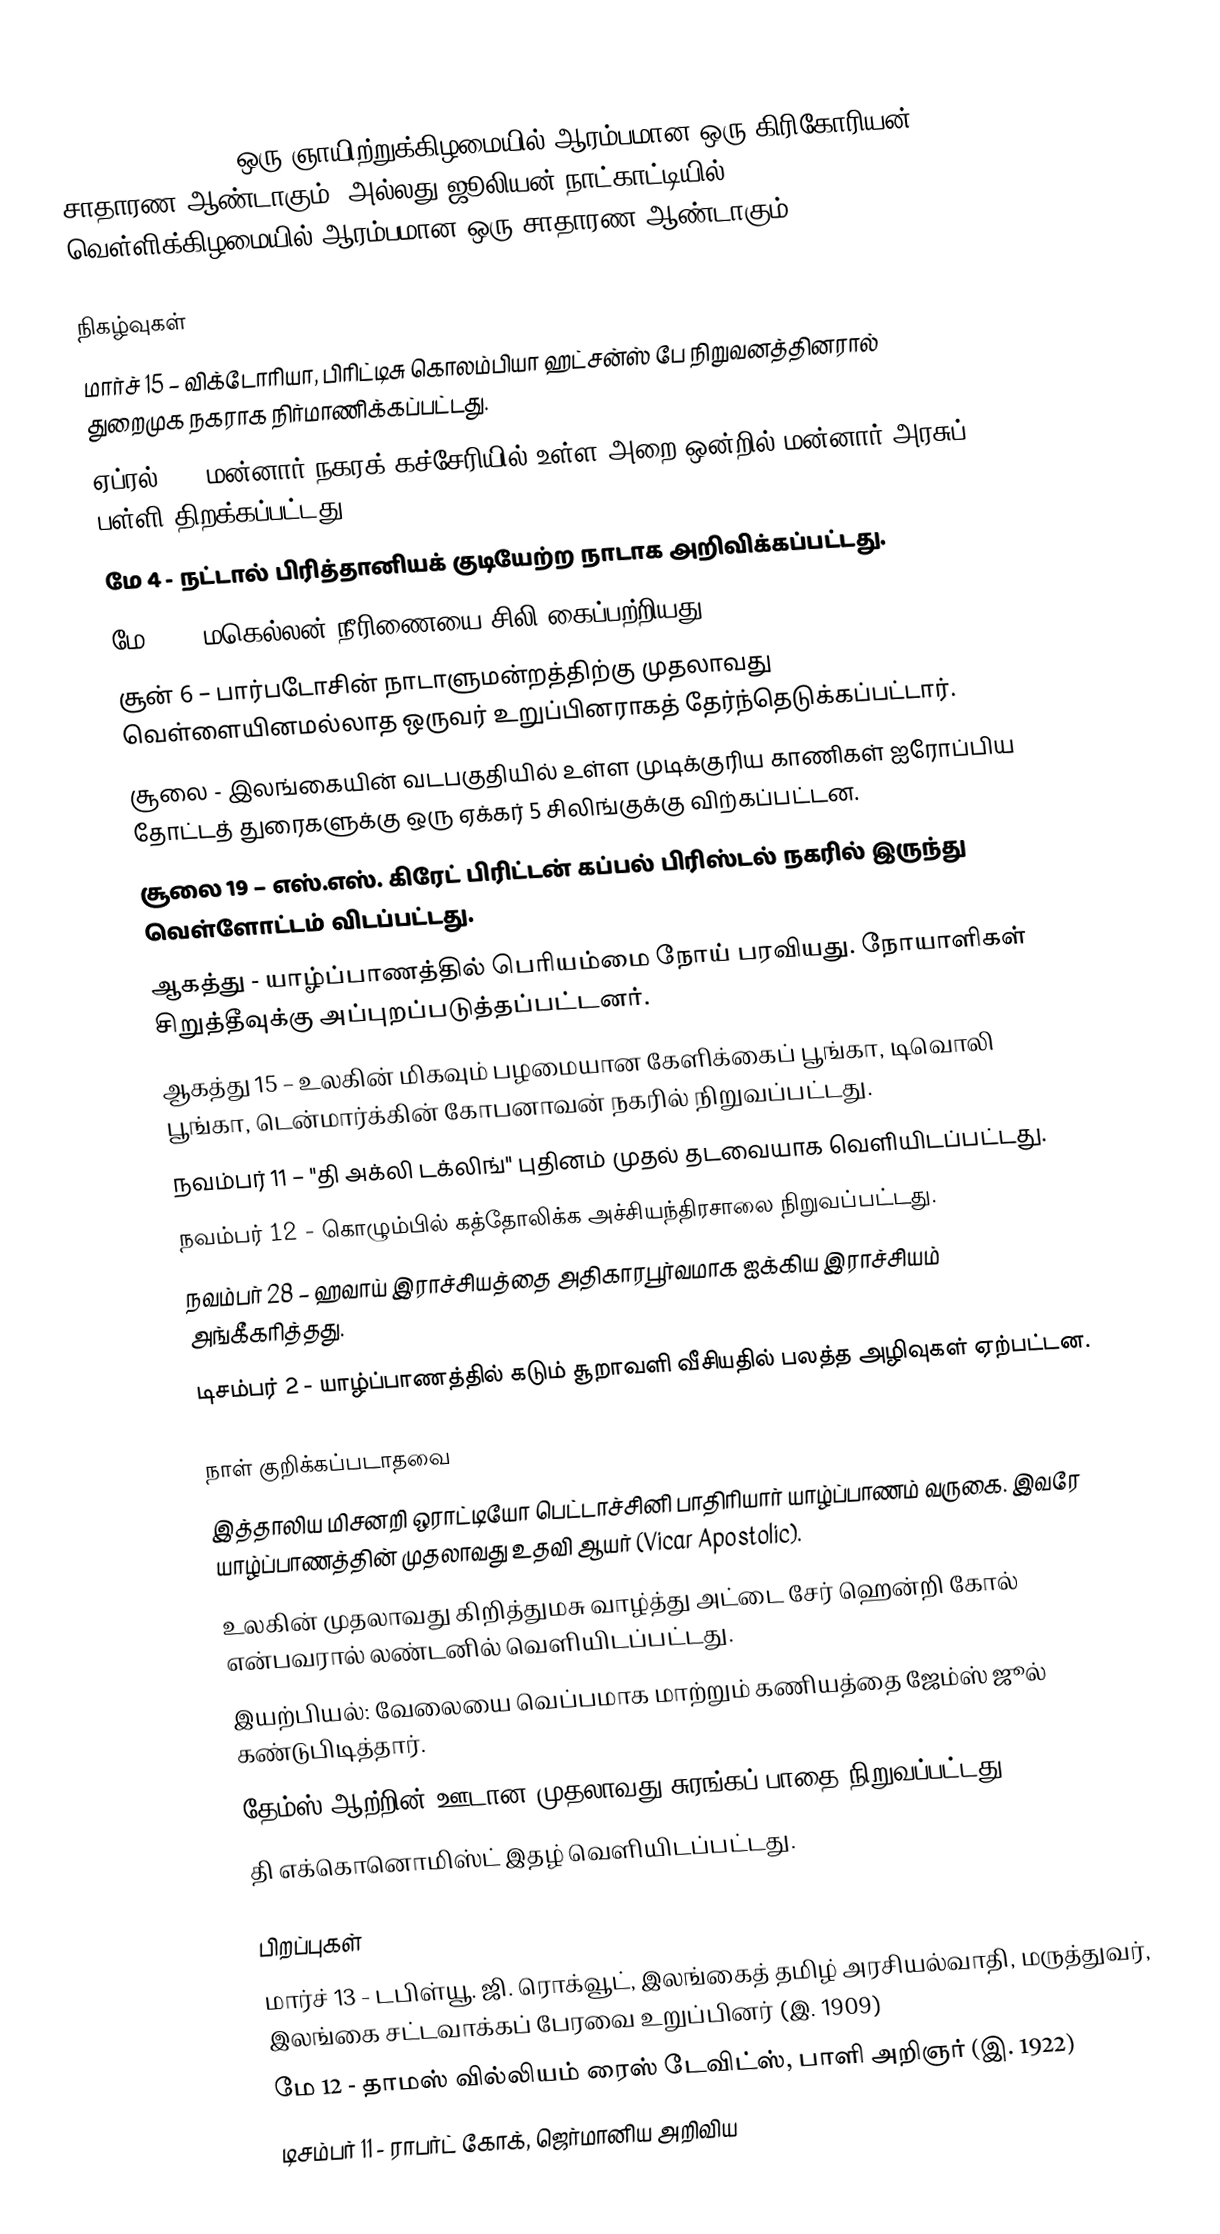
1843  (MDCCCXLIII) ஒரு ஞாயிற்றுக்கிழமையில் ஆரம்பமான ஒரு கிரிகோரியன் சாதாரண ஆண்டாகும், அல்லது ஜூலியன் நாட்காட்டியில் வெள்ளிக்கிழமையில் ஆரம்பமான ஒரு சாதாரண ஆண்டாகும்.

நிகழ்வுகள்
 மார்ச் 15 – விக்டோரியா, பிரிட்டிசு கொலம்பியா ஹட்சன்ஸ் பே நிறுவனத்தினரால் துறைமுக நகராக நிர்மாணிக்கப்பட்டது.
 ஏப்ரல் 1 - மன்னார் நகரக் கச்சேரியில் உள்ள அறை ஒன்றில் மன்னார் அரசுப் பள்ளி திறக்கப்பட்டது.
 மே 4 - நட்டால் பிரித்தானியக் குடியேற்ற நாடாக அறிவிக்கப்பட்டது.
 மே 23 – மகெல்லன் நீரிணையை சிலி கைப்பற்றியது.
 சூன் 6 – பார்படோசின் நாடாளுமன்றத்திற்கு முதலாவது வெள்ளையினமல்லாத ஒருவர் உறுப்பினராகத் தேர்ந்தெடுக்கப்பட்டார்.
 சூலை - இலங்கையின் வடபகுதியில் உள்ள முடிக்குரிய காணிகள் ஐரோப்பிய தோட்டத் துரைகளுக்கு ஒரு ஏக்கர் 5 சிலிங்குக்கு விற்கப்பட்டன.
 சூலை 19 – எஸ்.எஸ். கிரேட் பிரிட்டன் கப்பல் பிரிஸ்டல் நகரில் இருந்து வெள்ளோட்டம் விடப்பட்டது.
 ஆகத்து - யாழ்ப்பாணத்தில் பெரியம்மை நோய் பரவியது. நோயாளிகள் சிறுத்தீவுக்கு அப்புறப்படுத்தப்பட்டனர்.
 ஆகத்து 15 – உலகின் மிகவும் பழமையான கேளிக்கைப் பூங்கா, டிவொலி பூங்கா, டென்மார்க்கின் கோபனாவன் நகரில் நிறுவப்பட்டது.
 நவம்பர் 11 – "தி அக்லி டக்லிங்" புதினம் முதல் தடவையாக வெளியிடப்பட்டது.
 நவம்பர் 12 - கொழும்பில் கத்தோலிக்க அச்சியந்திரசாலை நிறுவப்பட்டது.
 நவம்பர் 28 – ஹவாய் இராச்சியத்தை அதிகாரபூர்வமாக ஐக்கிய இராச்சியம் அங்கீகரித்தது.
 டிசம்பர் 2 - யாழ்ப்பாணத்தில் கடும் சூறாவளி வீசியதில் பலத்த அழிவுகள் ஏற்பட்டன.

நாள் குறிக்கப்படாதவை
 இத்தாலிய மிசனறி ஒராட்டியோ பெட்டாச்சினி பாதிரியார் யாழ்ப்பாணம் வருகை. இவரே யாழ்ப்பாணத்தின் முதலாவது உதவி ஆயர் (Vicar Apostolic).
 உலகின் முதலாவது கிறித்துமசு வாழ்த்து அட்டை சேர் ஹென்றி கோல் என்பவரால் லண்டனில் வெளியிடப்பட்டது.
 இயற்பியல்: வேலையை வெப்பமாக மாற்றும் கணியத்தை ஜேம்ஸ் ஜூல் கண்டுபிடித்தார்.
 தேம்ஸ் ஆற்றின் ஊடான முதலாவது சுரங்கப் பாதை நிறுவப்பட்டது.
 தி எக்கொனொமிஸ்ட் இதழ் வெளியிடப்பட்டது.

பிறப்புகள்
 மார்ச் 13 - டபிள்யூ. ஜி. ரொக்வூட், இலங்கைத் தமிழ் அரசியல்வாதி, மருத்துவர், இலங்கை சட்டவாக்கப் பேரவை உறுப்பினர் (இ. 1909)
 மே 12 - தாமஸ் வில்லியம் ரைஸ் டேவிட்ஸ், பாளி அறிஞர் (இ. 1922)
 டிசம்பர் 11 - ராபர்ட் கோக், ஜெர்மானிய அறிவிய